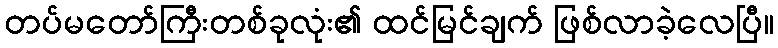
တပ်မတော်ကြီးတစ်ခုလုံး၏ ထင်မြင်ချက် ဖြစ်လာခဲ့လေပြီ။